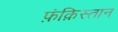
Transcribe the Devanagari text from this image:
फ़ंक़िस्तान